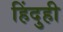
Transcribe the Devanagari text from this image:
हिंदुही